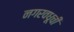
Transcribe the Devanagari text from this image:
नगरवधूची